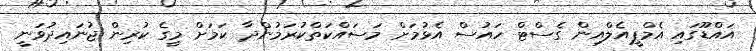
އައްޑޫގައި އެމްޕީއެލްއިން ގެސްޓް ހައުސް އެޅުމަށް މަސައްކަތްކުރަމުންދާ ކަމަށް މީގެ ކުރިން ޖުނައިދުވަނީ